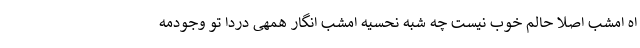
اه امشب اصلا حالم خوب نیست چه شبه نحسیه امشب انگار همهی دردا تو وجودمه